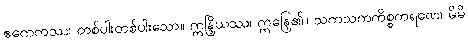
ဧကေကဿ၊ တစ်ပါးတစ်ပါးသော။ ဣန္ဒြိယဿ၊ ဣန္ဒြေ၏။ သကသကကိစ္စကရဏေ၊ မိမိ